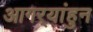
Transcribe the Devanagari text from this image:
आगर्‍यांहुन